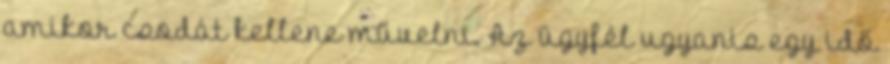
amikor csodát kellene művelni. Az ügyfél ugyanis egy idő